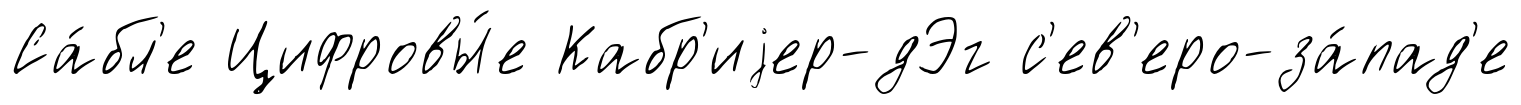
Са́бл'е Цифровы́е Кабр'иjер-дЭг с'ев'еро-за́пад'е